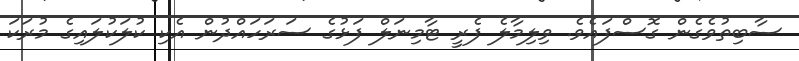
ސާބިތުވެގެން ގޮސްފައެވެ. ވިލިމާލެ ފެރީ ޓާމިނަލް ފަޅުގެ ސަރަހައްދުން އެކި ކުލަކުލައިގެ މުރަކަ